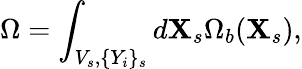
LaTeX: \Omega=\int_{V_{s},\{ Y_{i}\} _{s}}d\mathbf{X}_{s}\Omega_{b}(\mathbf{X}_{s}),